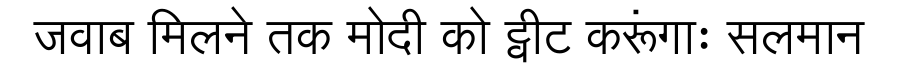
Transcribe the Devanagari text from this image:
जवाब मिलने तक मोदी को ट्वीट करूंगाः सलमान